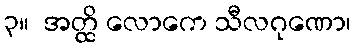
၃။  အတ္ထိ လောကေ သီလဂုဏော၊